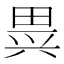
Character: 𱰶